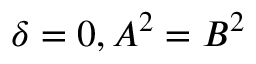
\delta = 0 , A ^ { 2 } = B ^ { 2 }